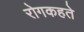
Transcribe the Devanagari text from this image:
रोगकहते